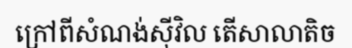
ក្រៅពីសំណង់ស៊ីវិល តើសាលាតិច